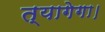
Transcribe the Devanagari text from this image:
त्यागेगा।